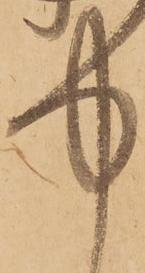
中